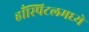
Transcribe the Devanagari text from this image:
हाँस्पिटलमध्ये